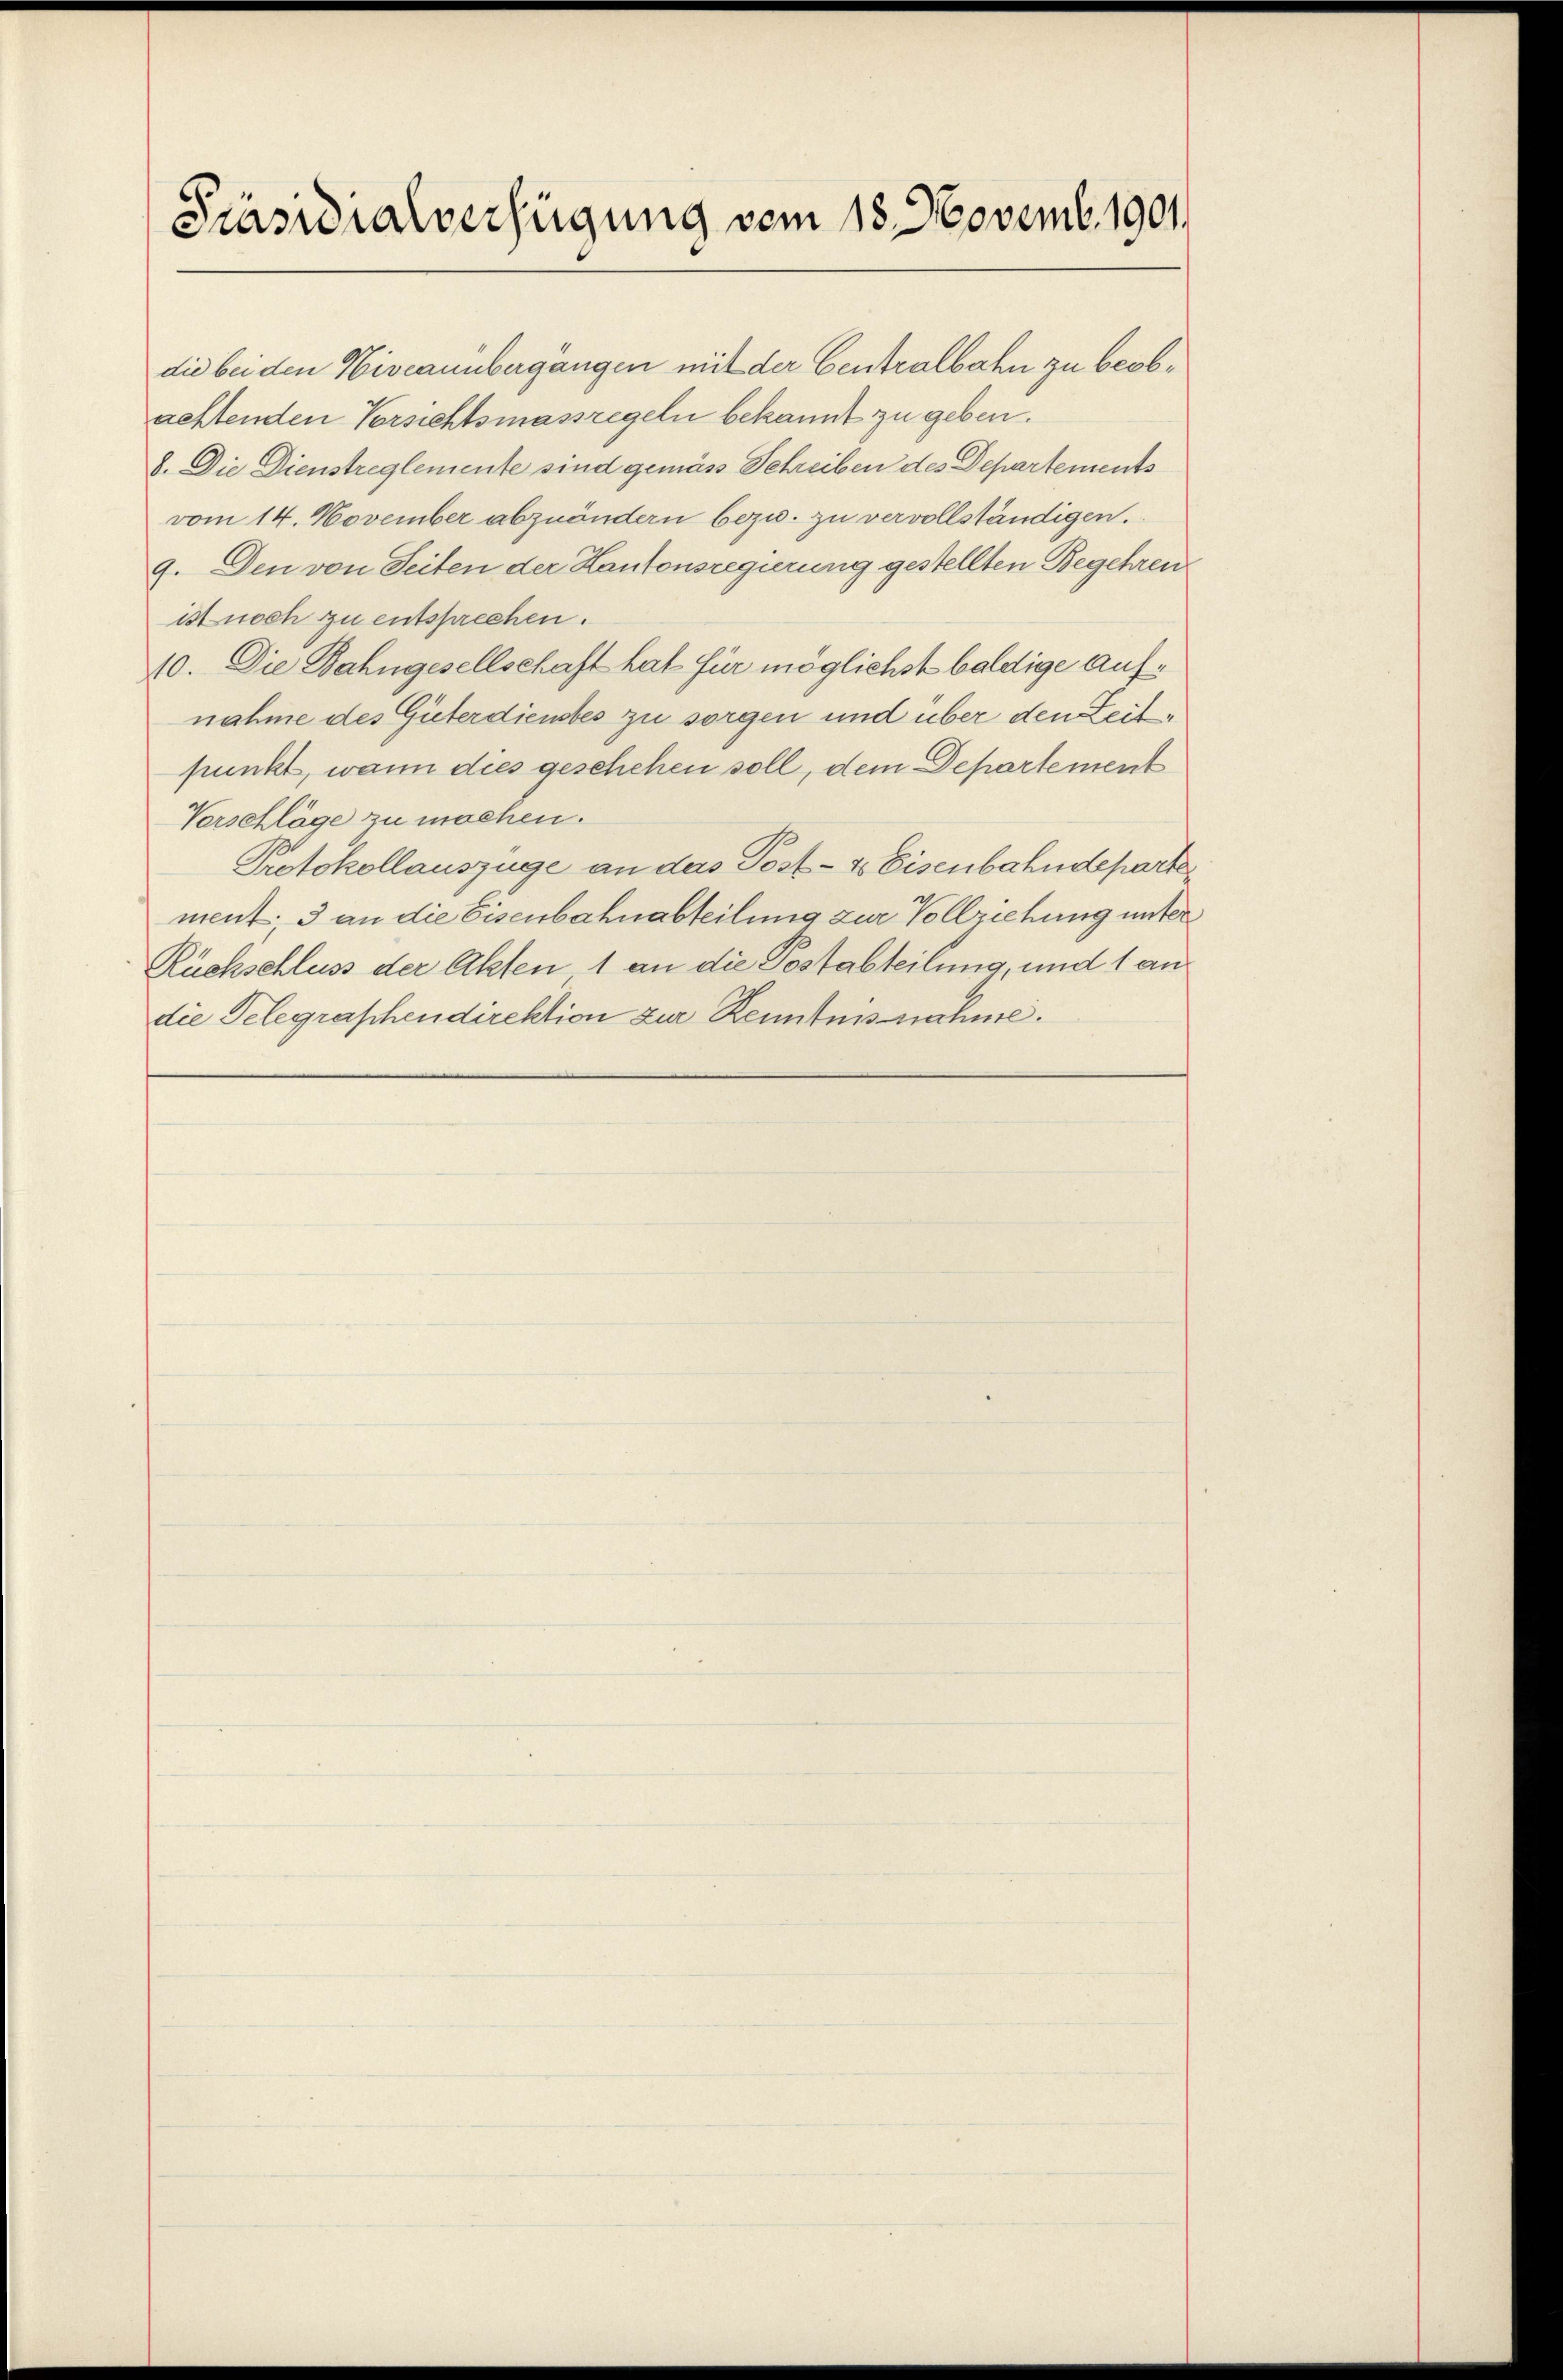
Präsidialverfügung vom 18. Novemb. 1901.
die bei den Niveauübergängen mit der Centralbahn zu beob¬

achtenden Vorsichtsmassregeln bekannt zu geben.
8. Die Dienstreglemente sind gemäss Schreiben des Departements
vom 14. November abzuändern bezw. zu vervollständigen.
9. Den von Seiten der Kantonsregierung gestellten Begehren
ist noch zu entsprechen.
10. Die Bahngesellschaft hat für möglichst baldige aufnahme des Güterdienstes zu sorgen und über den Zeitpunkt, wann dies geschehen soll, dem Departement
Verschläge zu machen.
Protokollauszüge an das Post- & Eisenbahndeparte
ment; 3 an die Eisenbahnabteilung zur Vollziehung unter
Rüchschluss der Akten 1 an die Postabteilung, und 1 an
die Telegraphendirektion zur Kenntnisnahme.